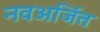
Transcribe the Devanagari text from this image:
नवअर्जित